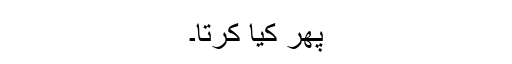
پھر کیا کرتا۔